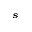
_ s